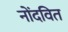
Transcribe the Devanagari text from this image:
नोंदवित